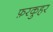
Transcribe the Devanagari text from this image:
फ़रकुहर